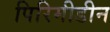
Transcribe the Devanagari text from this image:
पिरिमीडीन